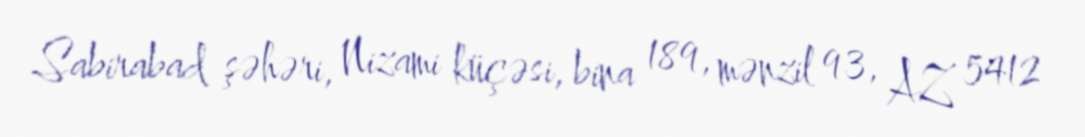
Sabirabad şəhəri, Nizami küçəsi, bina 189, mənzil 93, AZ 5412